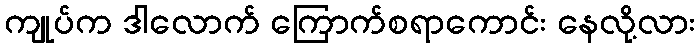
ကျုပ်က ဒါလောက် ကြောက်စရာကောင်း နေလို့လား